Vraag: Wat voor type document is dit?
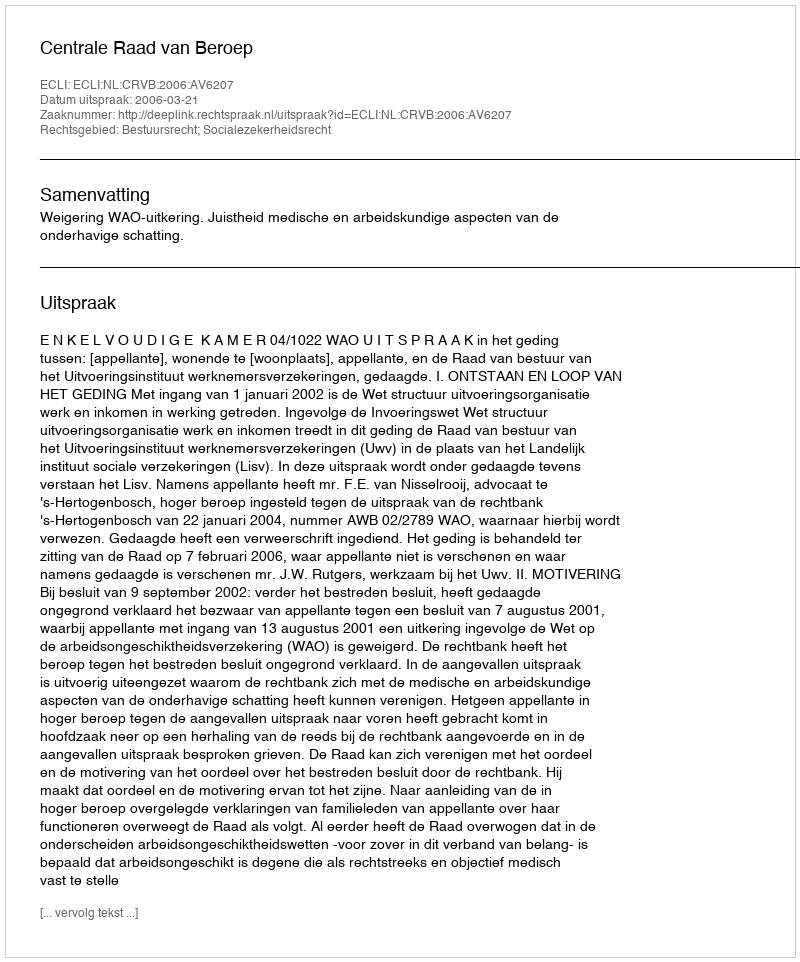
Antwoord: Uitspraak